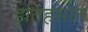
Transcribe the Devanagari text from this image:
इतिहसात